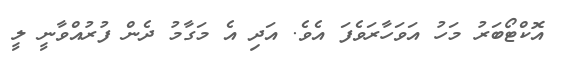
އޮކްޓޯބަރު މަހު އަވަހާރަވެފަ އެވެ. އަދި އެ މަގާމު ދެން ފުރުއްވާނީ ލީ